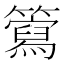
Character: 𥶘